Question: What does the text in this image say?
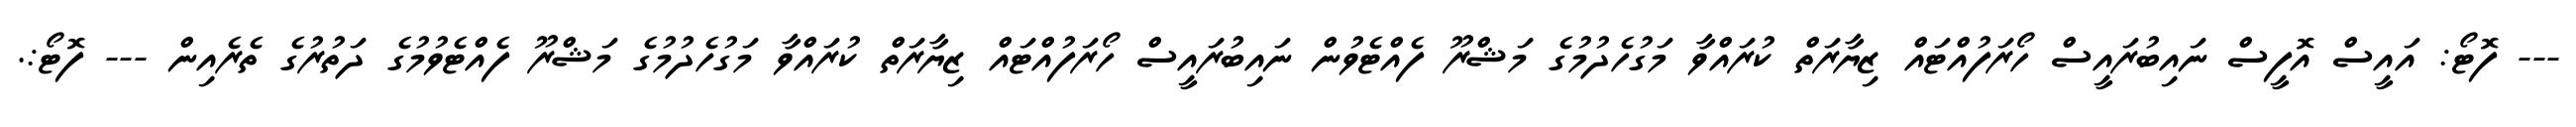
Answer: --- ފޮޓޯ: އައީސް އޮފީސް ނައިބުރައީސް ހޯރަފުއްޓައް ޒިޔާރަތް ކުރައްވާ މަގުހެދުމުގެ މަޝްރޫ ފެއްޓެވުން ނައިބުރައީސް ހޯރަފުއްޓައް ޒިޔާރަތް ކުރައްވާ މަގުހެދުމުގެ މަޝްރޫ ފެއްޓެވުމުގެ ދަތުރުގެ ތެރެއިން --- ފޮޓޯ:.